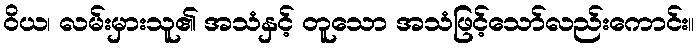
ဝိယ၊ လမ်းမှားသူ၏ အသံနှင့် တူသော အသံဖြင့်သော်လည်းကောင်း။